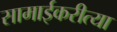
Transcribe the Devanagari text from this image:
सामाईकरीत्या